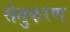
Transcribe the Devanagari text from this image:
सेतुकरण